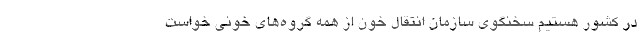
در کشور هستیم سخنگوی سازمان انتقال خون از همه گروه‌های خونی خواست